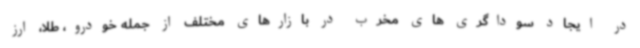
در ایجاد سوداگری های مخرب در بازارهای مختلف از جمله خودرو، طلا، ارز